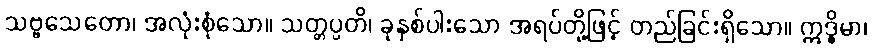
သဗ္ဗသေတော၊ အလုံးစုံသော။ သတ္တပ္ပတိ၊ ခုနှစ်ပါးသော အရပ်တို့ဖြင့် တည်ခြင်းရှိသော။ ဣဒ္ဓိမာ၊